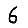
Digit: 6